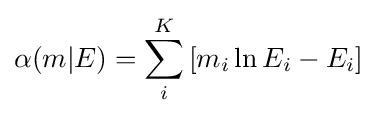
\alpha (m\vert E)=\sum _{i}^{K}\left[m_{i}\ln E_{i}-E_{i}\right]